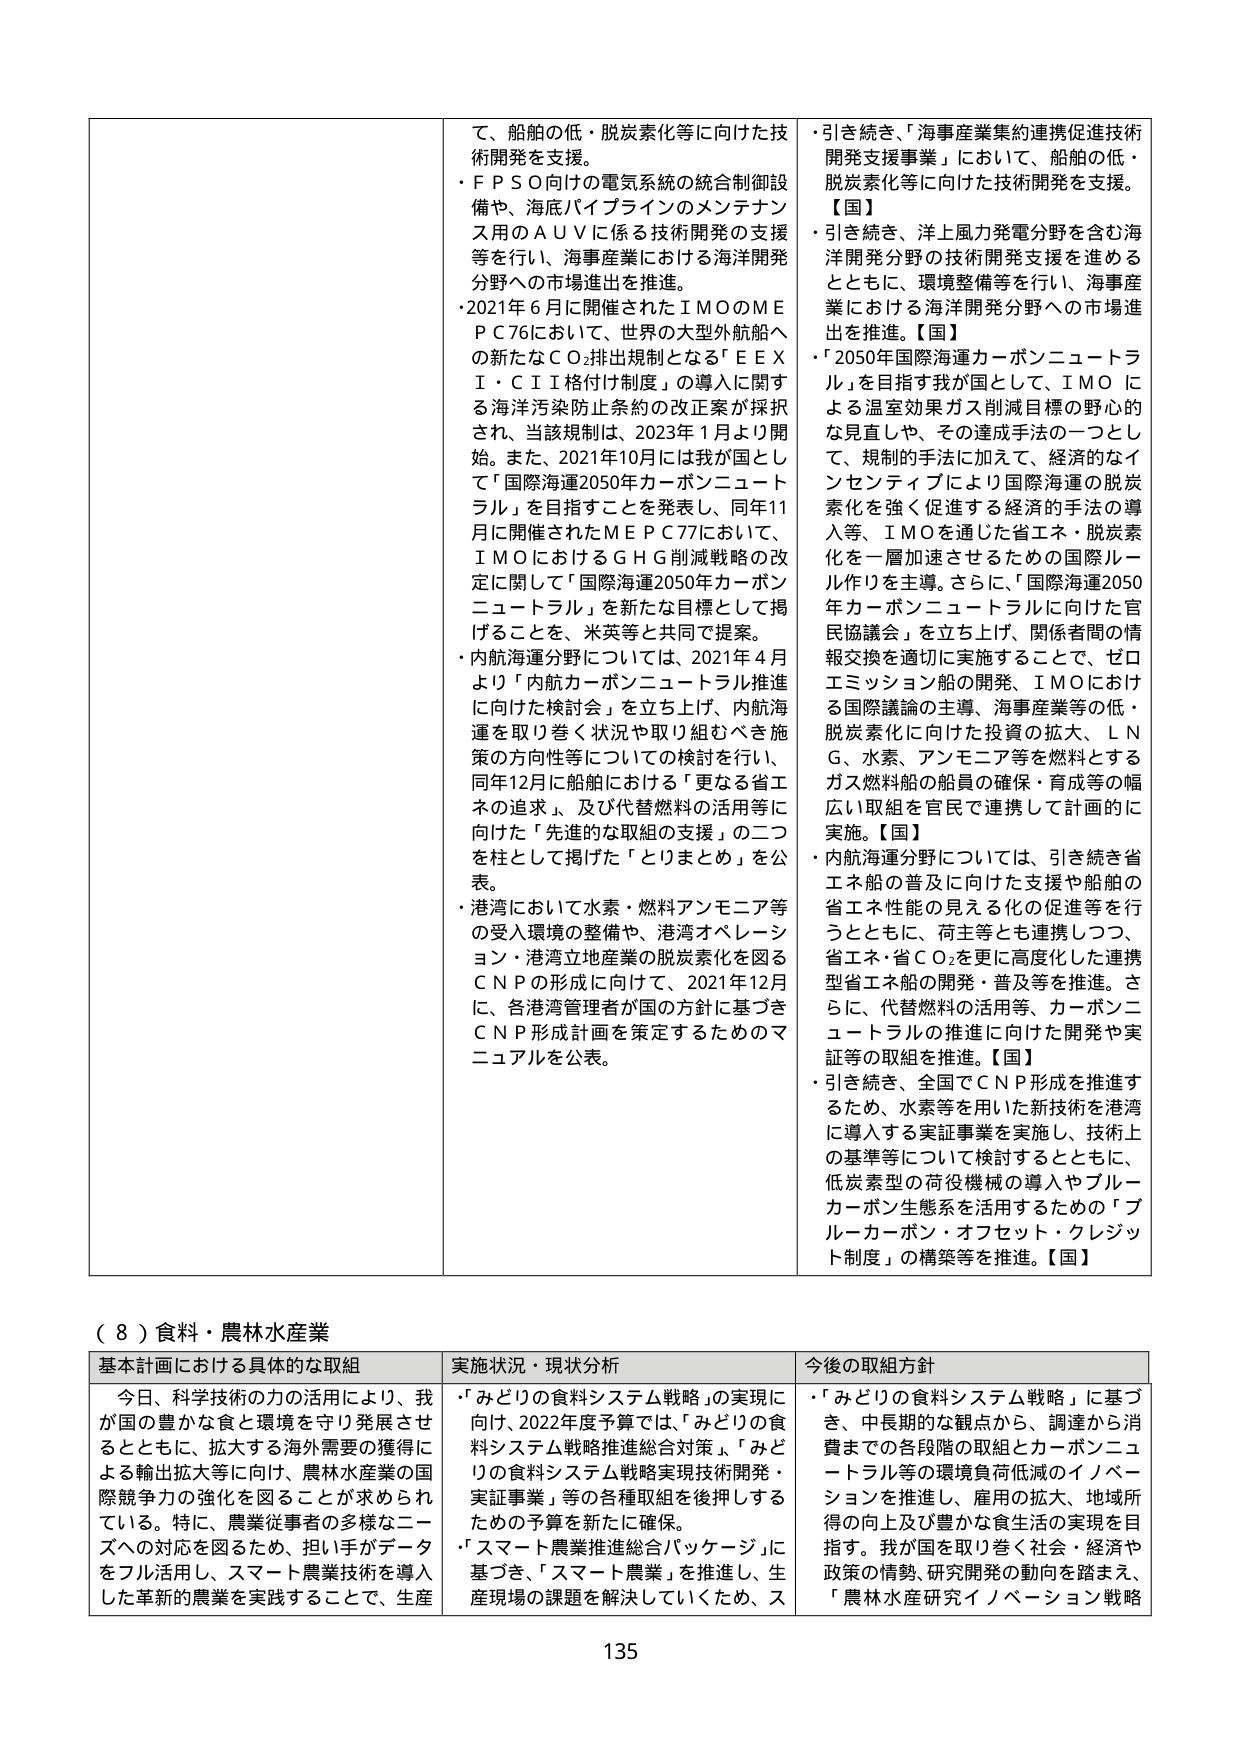
（８）食料・農林水産業
基本計画における具体的な取組
実施状況・現状分析
今後の取組方針

今日、科学技術の力の活用により、我が国の豊かな食と環境を守り発展させるとともに、拡大する海外需要の獲得による輸出拡大等に向け、農林水産業の国際競争力の強化を図ることが求められている。特に、農業従事者の多様なニーズへの対応を図るため、担い手がデータをフル活用し、スマート農業技術を導入した革新的農業を実践することで、生産

・「みどりの食料システム戦略」の実現に向け、2022年度予算では、「みどりの食料システム戦略推進総合対策」、「みどりの食料システム戦略実現技術開発・実証事業」等の各種取組を後押しするための予算を新たに確保。
・「スマート農業推進総合パッケージ」に基づき、「スマート農業」を推進し、生産現場の課題を解決していくため、ス

・「みどりの食料システム戦略」に基づき、中長期的な観点から、調達から消費までの各段階の取組とカーボンニュートラル等の環境負荷低減のイノベーションを推進し、雇用の拡大、地域所得の向上及び豊かな食生活の実現を目指す。我が国を取り巻く社会・経済や政策の情勢、研究開発の動向を踏まえ、「農林水産研究イノベーション戦略

て、船舶の低・脱炭素化等に向けた技術開発を支援。
・ＦＰＳＯ向けの電気系統の統合制御設備や、海底パイプラインのメンテナンス用のＡＵＶに係る技術開発の支援等を行い、海事産業における海洋開発分野への市場進出を推進。
・2021年６月に開催されたＩＭＯのＭＥＰＣ76において、世界の大型外航船への新たなＣＯ₂排出規制となる「ＥＥＸＩ・ＣＩＩ格付け制度」の導入に関する海洋汚染防止条約の改正案が採択され、当該規制は、2023年１月より開始。また、2021年10月には我が国として「国際海運2050年カーボンニュートラル」を目指すことを発表し、同年11月に開催されたＭＥＰＣ77において、ＩＭＯにおけるＧＨＧ削減戦略の改定に関して「国際海運2050年カーボンニュートラル」を新たな目標として掲げることを、米英等と共同で提案。
・内航海運分野については、2021年４月より「内航カーボンニュートラル推進に向けた検討会」を立ち上げ、内航海運を取り巻く状況や取り組むべき施策の方向性等についての検討を行い、同年12月に船舶における「更なる省エネの追求」、及び代替燃料の活用等に向けた「先進的な取組の支援」の二つを柱として掲げた「とりまとめ」を公表。
・港湾において水素・燃料アンモニア等の受入環境の整備や、港湾オペレーション・港湾立地産業の脱炭素化を図るＣＮＰの形成に向け、2021年12月に、各港湾管理者が国の方針に基づきＣＮＰ形成計画を策定するためのマニュアルを公表。

・引き続き、「海事産業集約連携促進技術開発支援事業」において、船舶の低・脱炭素化等に向けた技術開発を支援。【国】
・引き続き、洋上風力発電分野を含む海洋開発分野の技術開発支援を進めるとともに、環境整備等を行い、海事産業における海洋開発分野への市場進出を推進。【国】
・「2050年国際海運カーボンニュートラル」を目指す我が国として、ＩＭＯによる温室効果ガス削減目標の野心的な見直しや、その達成手法の一つとして、規制的手段に加えて、経済的なインセンティブにより国際海運の脱炭素化を強く促進する経済的手法の導入等、ＩＭＯを通じた省エネ・脱炭素化を一層加速させるための国際ルール作りを主導。さらに、「国際海運2050年カーボンニュートラルに向けた官民協議会」を立ち上げ、関係者間の情報交換を適切に実施することで、ゼロエミッション船の開発、ＩＭＯにおける国際議論の主導、海事産業等の低・脱炭素化に向けた投資の拡大、ＬＮＧ、水素、アンモニア等を燃料とするガス燃料船の船員の確保・育成等の幅広い取組を官民で連携して計画的に実施。【国】
・内航海運分野については、引き続き省エネ船の普及に向けた支援や船舶の省エネ性能の見える化の促進等を行うとともに、荷主等とも連携しつつ、省エネ・省ＣＯ₂を更に高度化した連携型省エネ船の開発・普及等を推進。さらに、代替燃料の活用等、カーボンニュートラルの推進に向けた開発や実証等の取組を推進。【国】
・引き続き、全国でＣＮＰ形成を推進するため、水素等を用いた新技術を港湾に導入する実証事業を実施し、技術上の基準等について検討するとともに、低炭素型の荷役機械の導入やブルーカーボン生態系を活用するための「ブルーカーボン・オフセット・クレジット制度」の構築等を推進。【国】

135